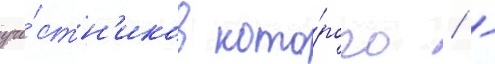
уча́стн'иков кото́рого / -